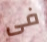
فى